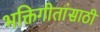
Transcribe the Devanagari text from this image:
भक्तिगीतांसाठी